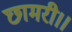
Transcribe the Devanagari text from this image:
छामरी।।